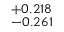
^ { + 0 . 2 1 8 } _ { - 0 . 2 6 1 }